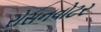
રોસનવોટર